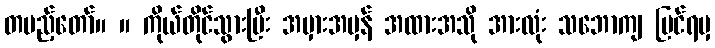
တပည့်တော်။ ။ ကိုယ်တိုင်သွားပြီး အမှားအမှန် အထားအသို အားလုံး သဘောကျ ပြင်ရမှ